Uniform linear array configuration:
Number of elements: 48
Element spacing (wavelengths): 1
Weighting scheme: uniform
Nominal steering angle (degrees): -60
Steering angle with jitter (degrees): -60.467
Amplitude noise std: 0.05
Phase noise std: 0.05

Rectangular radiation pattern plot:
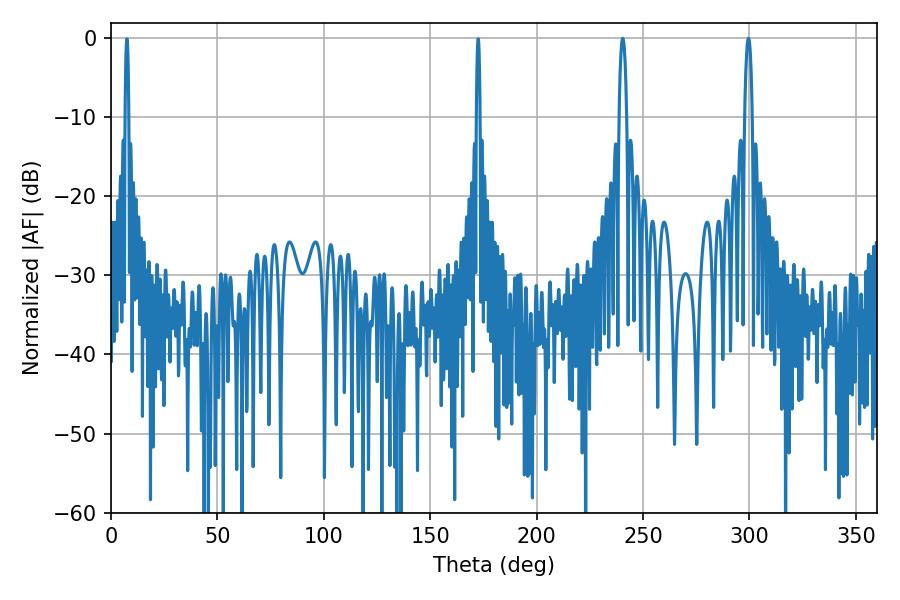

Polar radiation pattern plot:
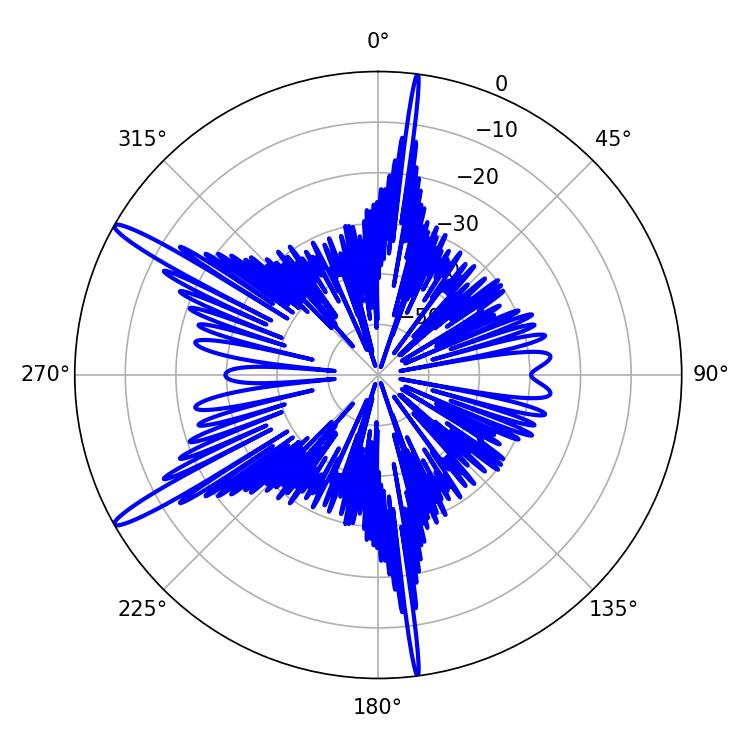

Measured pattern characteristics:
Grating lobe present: TRUE
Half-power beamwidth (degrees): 1.8
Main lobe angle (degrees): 240.48